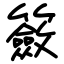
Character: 籢